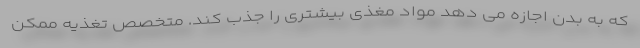
که به بدن اجازه می دهد مواد مغذی بیشتری را جذب کند. متخصص تغذیه ممکن